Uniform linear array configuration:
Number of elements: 64
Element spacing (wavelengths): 1
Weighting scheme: hann
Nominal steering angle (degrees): -60
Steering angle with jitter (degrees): -58.688
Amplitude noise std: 0.05
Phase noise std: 0.05

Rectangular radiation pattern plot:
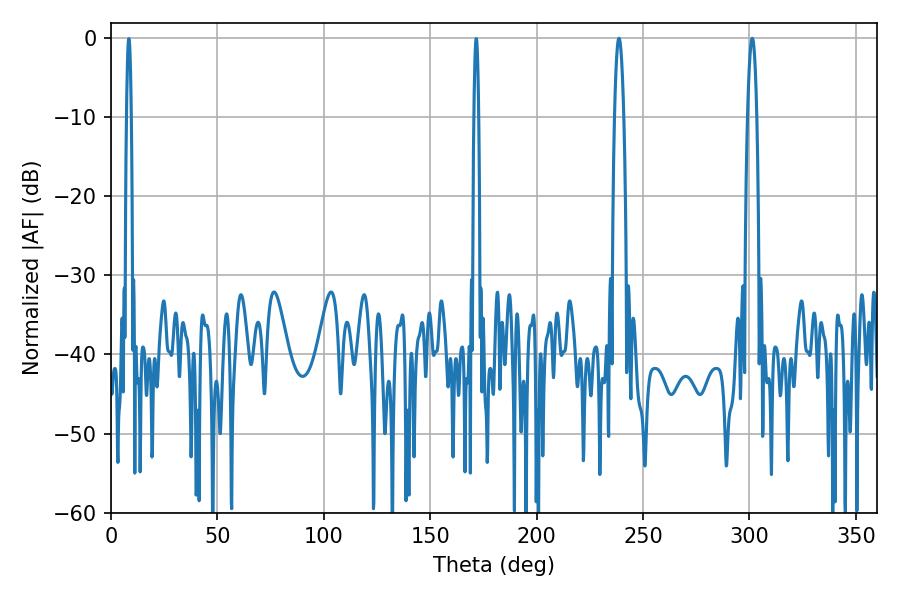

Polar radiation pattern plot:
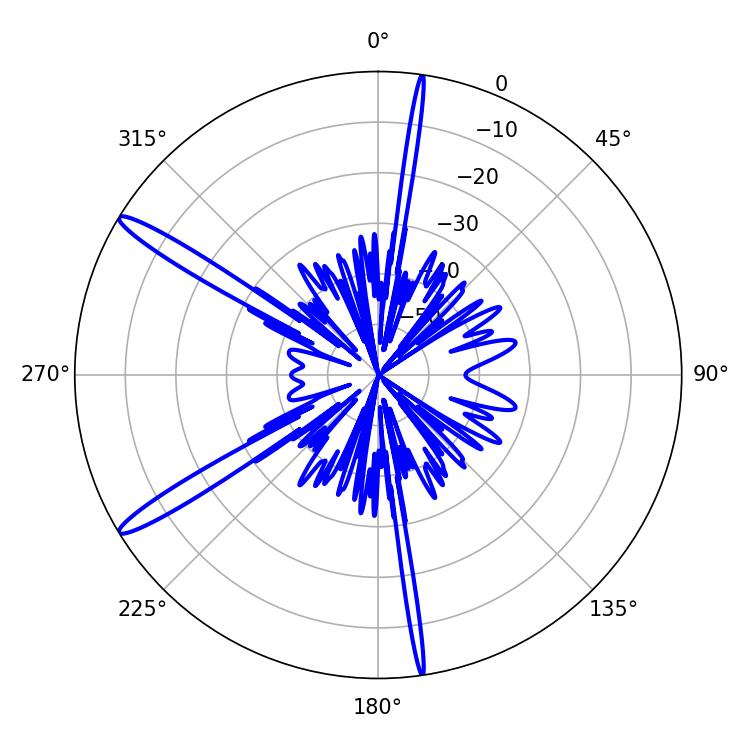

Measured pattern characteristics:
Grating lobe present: TRUE
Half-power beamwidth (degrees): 2.34
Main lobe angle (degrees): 238.68